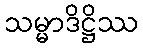
သမ္မာဒိဋ္ဌိဿ